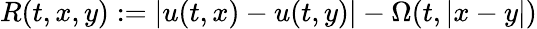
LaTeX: R(t,x,y):=|u(t,x)-u(t,y)|-\Omega(t,|x-y|)